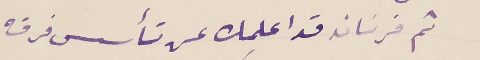
ثم فرناند قد اعلمك عن تأسس فرقه